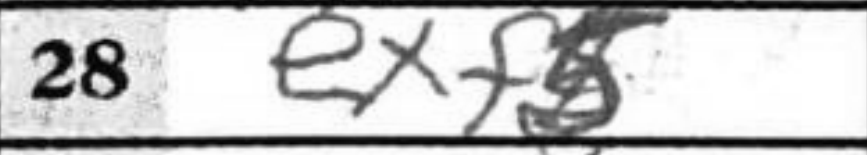
Transcription: exf5